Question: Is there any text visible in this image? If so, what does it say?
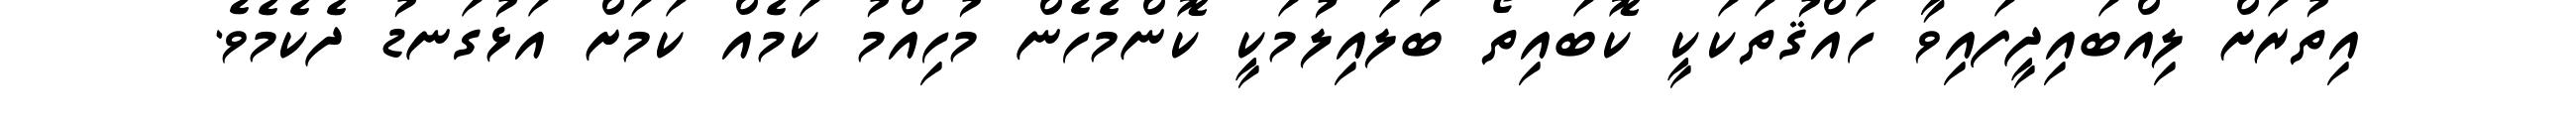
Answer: އިތުރަށް ލިއްބައިދީފައިވާ ހައްޤުތަކަކީ ކޮބައިތޯ ބަލައިލުމަކީ ކޮންމެހެން މުހިއްމު ކަމެއް ކަމަށް އަޅުގަނޑު ދެކެމެވެ.